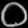
Digit: ၀